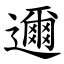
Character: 邇